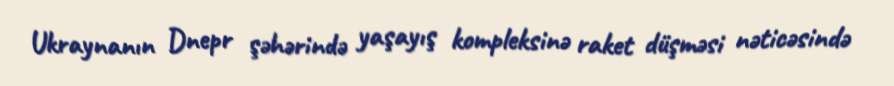
Ukraynanın Dnepr şəhərində yaşayış kompleksinə raket düşməsi nəticəsində